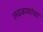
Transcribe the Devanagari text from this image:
लढवय्यांचा